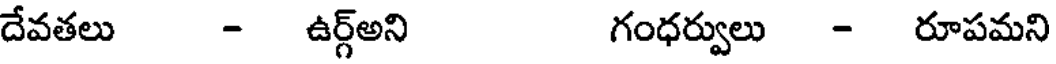
దేవతలు - ఉర్గ్అని గంధర్వులు - రూపమని